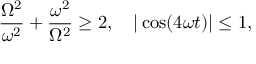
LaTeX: { \frac { \Omega ^ { 2 } } { \omega ^ { 2 } } } + { \frac { \omega ^ { 2 } } { \Omega ^ { 2 } } } \geq 2 , \quad | \cos ( 4 \omega t ) | \leq 1 ,